Report on the nature of kala-azar
Disease focus: Kala-Azar
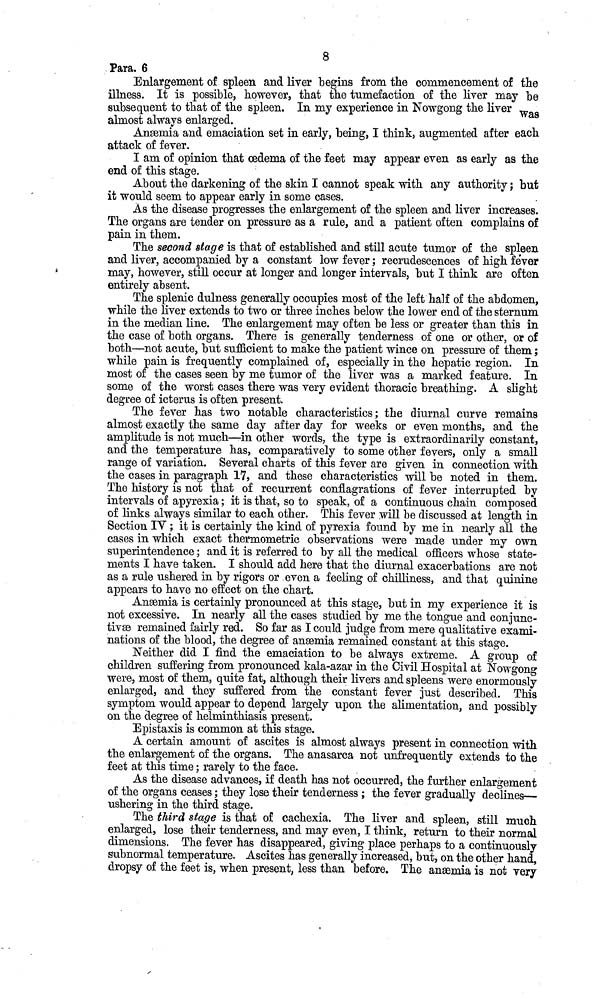
8
Para. 6
Enlargement of spleen and liver begins from the commencement of the
illness. It is possible, however, that the tumefaction of the liver may be
subsequent to that of the spleen. In my experience in Nowgong the liver was
almost always enlarged.
Anæmia and emaciation set in early, being, I think, augmented after each
attack of fever.
I am of opinion that oedema of the feet may appear even as early as the
end of this stage.
About the darkening of the skin I cannot speak with any authority ; but
it would seem to appear early in some cases.
As the disease progresses the enlargement of the spleen and liver increases.
The organs are tender on pressure as a rule, and a patient often complains of
pain in them.
The second stage is that of established and still acute tumor of the spleen
and liver, accompanied by a constant low fever ; recrudescences of high fever
may, however, still occur at longer and longer intervals, but I think are often
entirely absent.
The splenic dulness generally occupies most of the left half of the abdomen,
while the liver extends to two or three inches below the lower end of the sternum
in the median line. The enlargement may often be less or greater than this in
the case of both organs. There is generally tenderness of one or other, or of
both—not acute, but sufficient to make the patient wince on pressure of them ;
while pain is frequently complained of, especially in the hepatic region. In
most of the cases seen by me tumor of the liver was a marked feature. In
some of the worst cases there was very evident thoracic breathing. A slight
degree of icterus is often present.
The fever has two notable characteristics; the diurnal curve remains
almost exactly the same day after day for weeks or even months, and the
amplitude is not much—in other words, the type is extraordinarily constant,
and the temperature has, comparatively to some other fevers, only a small
range of variation. Several charts of this fever are given in connection with
the cases in paragraph 17, and these characteristics will be noted in them.
The history is not that of recurrent conflagrations of fever interrupted by
intervals of apyrexia ; it is that, so to speak, of a continuous chain composed
of links always similar to each other. This fever will be discussed at length in
Section IV ; it is certainly the kind of pyrexia found by me in nearly all the
cases in which exact thermometric observations were made under my own
superintendence ; and it is referred to by all the medical officers whose state-
ments I have taken. I should add here that the diurnal exacerbations are not
as a rule ushered in by rigors or even a feeling of chilliness, and that quinine
appears to have no effect on the chart.
Anæmia is certainly pronounced at this stage, but in my experience it is
not excessive. In nearly all the cases studied by me the tongue and conjunc-
tivæ remained fairly red. So far as I could judge from mere qualitative exami-
nations of the blood, the degree of anæmia remained constant at this stage.
Neither did I find the emaciation to be always extreme. A group of
children suffering from pronounced kala-azar in the Civil Hospital at Nowgong
were, most of them, quite fat, although their livers and spleens were enormously
enlarged, and they suffered from the constant fever just described. This
symptom would appear to depend largely upon the alimentation, and possibly
on the degree of helminthiasis present.
Epistaxis is common at this stage.
A certain amount of ascites is almost always present in connection with
the enlargement of the organs. The anasarca not unfrequently extends to the
feet at this time ; rarely to the face.
As the disease advances, if death has not occurred, the further enlargement
of the organs ceases ; they lose their tenderness ; the fever gradually declines—
ushering in the third stage.
The third stage is that of cachexia. The liver and spleen, still much
enlarged, lose their tenderness, and may even, I think, return to their normal
dimensions. The fever has disappeared, giving place perhaps to a continuously
subnormal temperature. Ascites has generally increased, but, on the other hand,
dropsy of the feet is, when present, less than before. The anæmia is not very